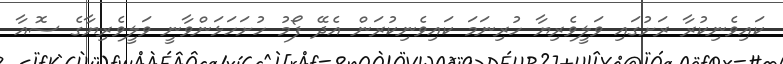
ކައިވެނިކުރާ ރަށުގައި ވަލީވެރިޔާ ހުރިނަމަ ކައިވެނިކުރަން އެދޭ ފޯމު ހުށަހަޅަންވާނީ ވަލީވެރިޔާގެ ސޮއާ